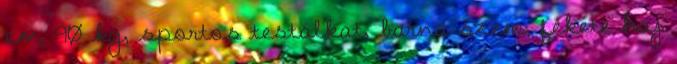
cm, 90 kg, sportos testalkat, barna szem, fekete haj